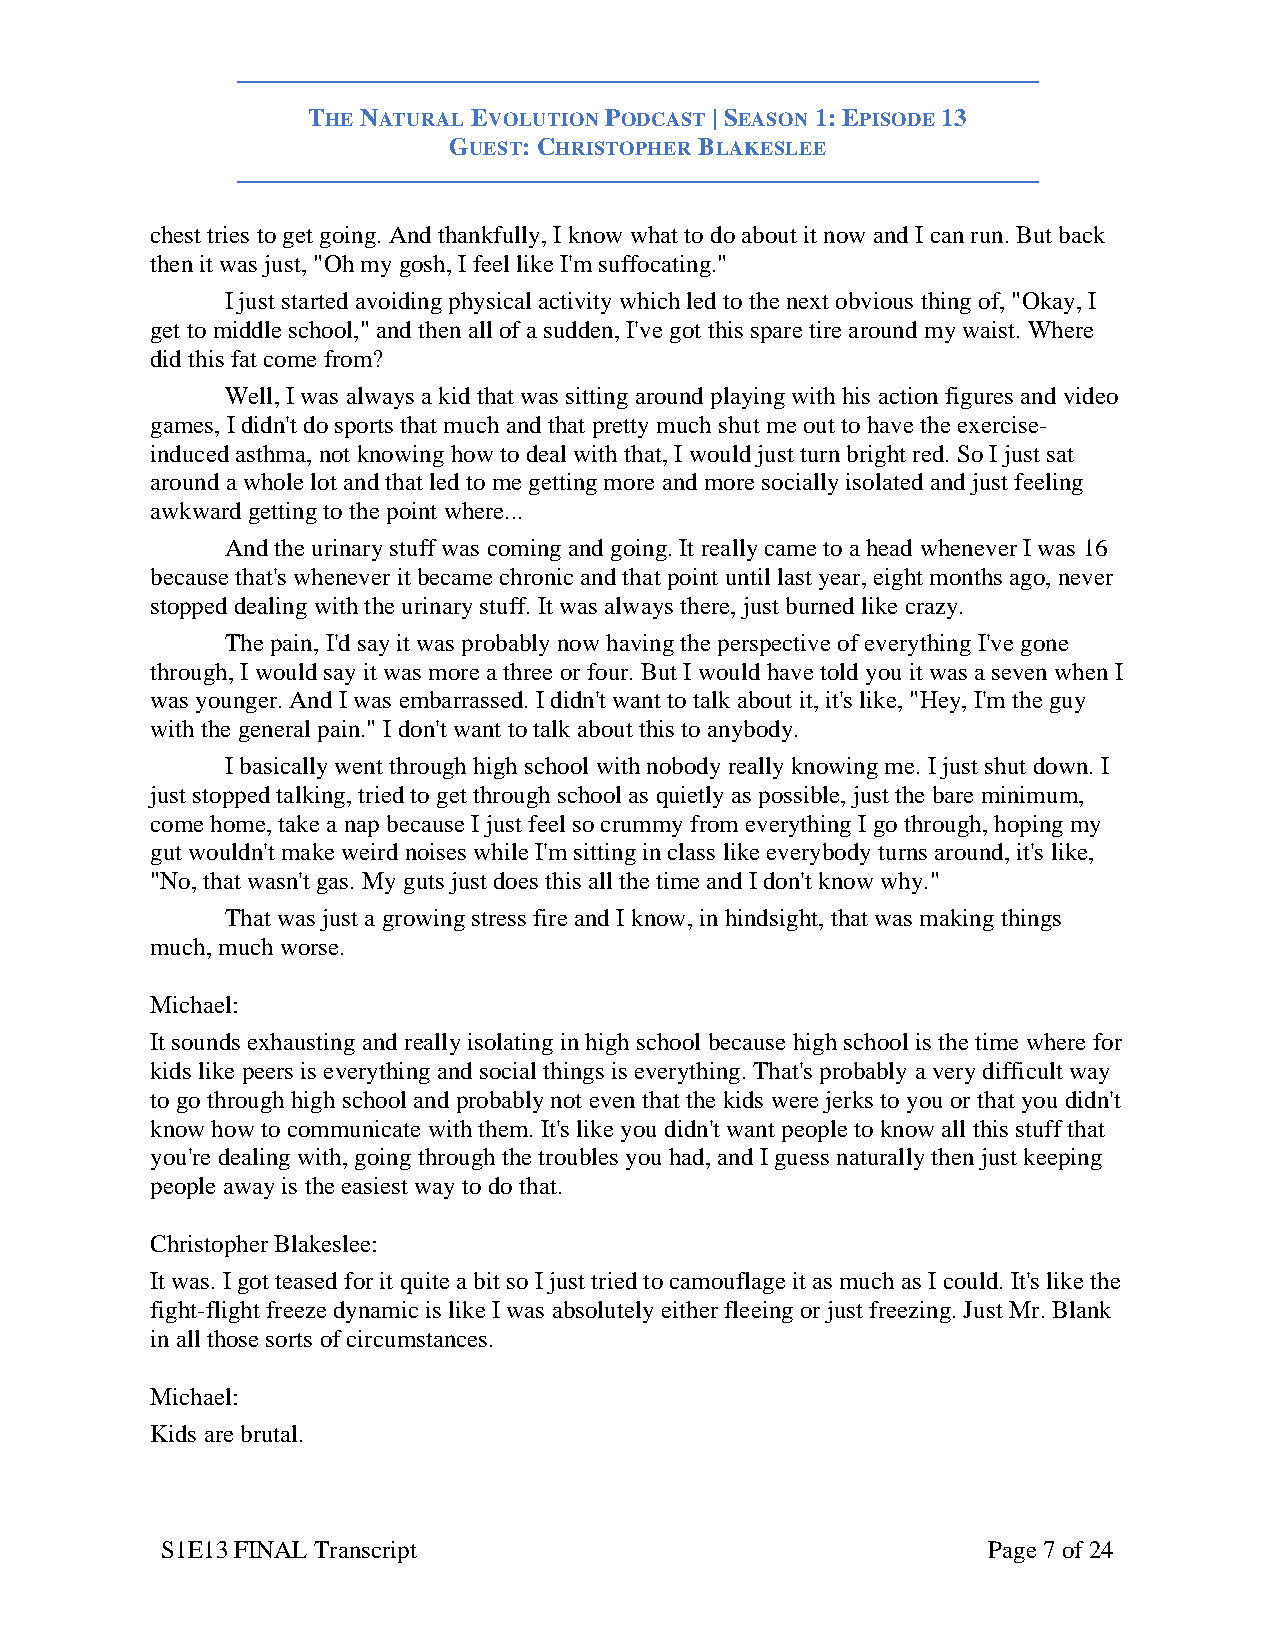
THE NATURAL EVOLUTION PODCAST | SEASON 1: EPISODE 13
 GUEST: CHRISTOPHER BLAKESLEE
 chest tries to get going. And thankfully, I know what to do about it now and I can run. But back
 then it was just, "Oh my gosh, I feel like I'm suffocating."
 I just started avoiding physical activity which led to the next obvious thing of, "Okay, I
 get to middle school," and then all of a sudden, I've got this spare tire around my waist. Where
 did this fat come from?
 Well, I was always a kid that was sitting around playing with his action figures and video
 games, I didn't do sports that much and that pretty much shut me out to have the exercise-
 induced asthma, not knowing how to deal with that, I would just turn bright red. So I just sat
 around a whole lot and that led to me getting more and more socially isolated and just feeling
 awkward getting to the point where...
 And the urinary stuff was coming and going. It really came to a head whenever I was 16
 because that's whenever it became chronic and that point until last year, eight months ago, never
 stopped dealing with the urinary stuff. It was always there, just burned like crazy.
 The pain, I'd say it was probably now having the perspective of everything I've gone
 through, I would say it was more a three or four. But I would have told you it was a seven when I
 was younger. And I was embarrassed. I didn't want to talk about it, it's like, "Hey, I'm the guy
 with the general pain." I don't want to talk about this to anybody.
 I basically went through high school with nobody really knowing me. I just shut down. I
 just stopped talking, tried to get through school as quietly as possible, just the bare minimum,
 come home, take a nap because I just feel so crummy from everything I go through, hoping my
 gut wouldn't make weird noises while I'm sitting in class like everybody turns around, it's like,
 "No, that wasn't gas. My guts just does this all the time and I don't know why."
 That was just a growing stress fire and I know, in hindsight, that was making things
 much, much worse.
 Michael:
 It sounds exhausting and really isolating in high school because high school is the time where for
 kids like peers is everything and social things is everything. That's probably a very difficult way
 to go through high school and probably not even that the kids were jerks to you or that you didn't
 know how to communicate with them. It's like you didn't want people to know all this stuff that
 you're dealing with, going through the troubles you had, and I guess naturally then just keeping
 people away is the easiest way to do that.
 Christopher Blakeslee:
 It was. I got teased for it quite a bit so I just tried to camouflage it as much as I could. It's like the
 fight-flight freeze dynamic is like I was absolutely either fleeing or just freezing. Just Mr. Blank
 in all those sorts of circumstances.
 Michael:
 Kids are brutal.
 S1E13 FINAL Transcript                                Page 7 of 24